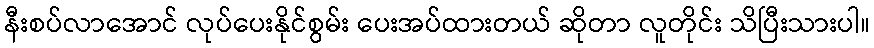
နီးစပ်လာအောင် လုပ်ပေးနိုင်စွမ်း ပေးအပ်ထားတယ် ဆိုတာ လူတိုင်း သိပြီးသားပါ။